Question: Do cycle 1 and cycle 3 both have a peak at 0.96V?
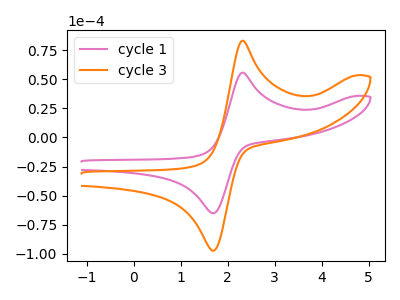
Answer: <think>The pink curve "cycle 1" has an anodic peak at (2.30V, 55.65uA) and a cathodic peak at (1.65V, -65.10uA). The orange curve "cycle 3" has an anodic peak at (2.30V, 83.10uA) and a cathodic peak at (1.65V, -97.20uA).</think>
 <answer>No, "cycle 1" and "cycle 3" dont share a peak at 0.96V.</answer>
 <eval>mismatch</eval>